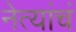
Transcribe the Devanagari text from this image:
नेत्यांचं